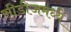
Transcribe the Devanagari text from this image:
सीडीजमध्ये